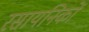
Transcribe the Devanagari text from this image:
रसायनिकों